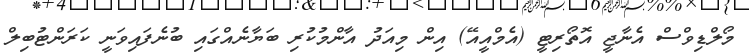
މޯލްޑިވްސް އެނާޖީ އޮތޯރިޓީ (އެމްއީއޭ) އިން މިއަދު އާންމުކުރި ބަޔާނެއްގައި ބުނެފައިވަނީ ކަރަންޓުބިލް